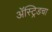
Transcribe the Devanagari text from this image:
ॲस्ट्रिडचा